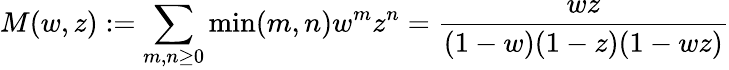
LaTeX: M(w,z):=\sum_{m,n\geq 0}\operatorname*{min}(m,n)w^{m}z^{n}={\frac{wz}{(1-w)(1-z)(1-wz)}}